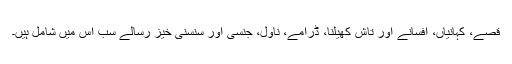
قصے، کہانیاں، افسانے اور تاش کھیلنا، ڈرامے، ناول، جنسی اور سنسنی خیز رسالے سب اس میں شامل ہیں۔